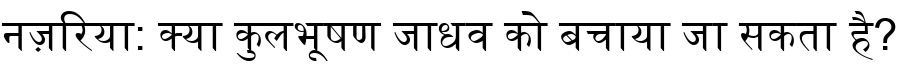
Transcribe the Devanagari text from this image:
नज़रिया: क्या कुलभूषण जाधव को बचाया जा सकता है?